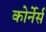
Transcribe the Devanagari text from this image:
कोर्नेर्स